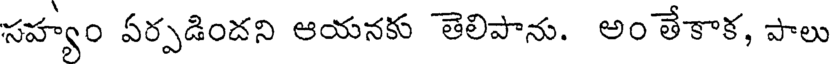
సహ్యం ఏర్పడిందని ఆయనకు తెలిపాను. అం తేకాక, పాలు